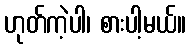
ဟုတ်ကဲ့ပါ၊ စားပါ့မယ်။